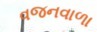
વજનવાળા